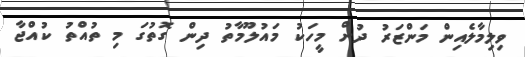
ވިލިމާލެއިން މަންޒަރު ދުށް މީހަކު މައުލޫމާތު ދިން ގޮތުގަ މި ތުއްތު ކުއްޖާ